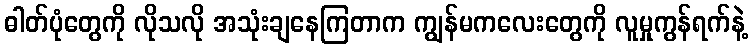
ဓါတ်ပုံတွေကို လိုသလို အသုံးချနေကြတာက ကျွန်မကလေးတွေကို လူမှုကွန်ရက်နဲ့